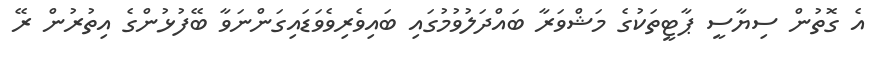
އެ ގޮތުން ސިޔާސީ ޕާޓީތަކުގެ މަޝްވަރާ ބައްދަލުވުމުގައި ބައިވެރިވެވަޑައިގަންނަވާ ބޭފުޅުންގެ އިތުރުން ރޭ